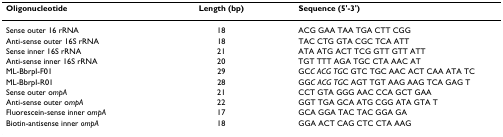
<table><thead><tr><td><b>Oligonucleotide</b></td><td><b>Length (bp)</b></td><td><b>Sequence (5&#x27;-3&#x27;)</b></td></tr></thead><tbody><tr><td>Sense outer 16 rRNA</td><td>18</td><td>ACG GAA TAA TGA CTT CGG</td></tr><tr><td>Anti-sense outer 16S rRNA</td><td>18</td><td>TAC CTG GTA CGC TCA ATT</td></tr><tr><td>Sense inner 16S rRNA</td><td>21</td><td>ATA ATG ACT TCG GTT GTT ATT</td></tr><tr><td>Anti-sense inner 16S rRNA</td><td>20</td><td>TGT TTT AGA TGC CTA AAC AT</td></tr><tr><td>ML-BbrpI-F01</td><td>29</td><td>GC<i>C ACG TG</i>C GTC TGC AAC ACT CAA ATA TC</td></tr><tr><td>ML-BbrpI-R01</td><td>28</td><td>GG<i>C ACG TG</i>C AGT TGT AAG AAG TCA GAG T</td></tr><tr><td>Sense outer o<i>mpA</i></td><td>21</td><td>CCT GTA GGG AAC CCA GCT GAA</td></tr><tr><td>Anti-sense outer o<i>mpA</i></td><td>22</td><td>GGT TGA GCA ATG CGG ATA GTA T</td></tr><tr><td>Fluorescein-sense inner o<i>mpA</i></td><td>17</td><td>GCA GGA TAC TAC GGA GA</td></tr><tr><td>Biotin-antisense inner <i>ompA</i></td><td>18</td><td>GGA ACT CAG CTC CTA AAG</td></tr></tbody></table>